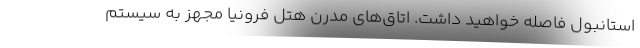
استانبول فاصله خواهید داشت. اتاق‌های مدرن هتل فرونیا مجهز به سیستم